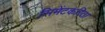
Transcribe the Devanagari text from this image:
सिमेंटकरिता